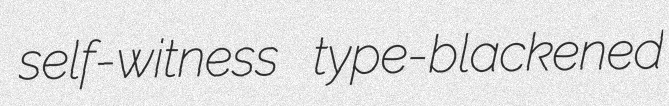
self-witness type-blackened